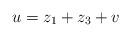
LaTeX: \begin{align*}u = z_1 + z_3 + v\end{align*}